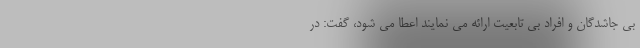
بی جاشدگان و افراد بی تابعیت ارائه می نمایند اعطا می شود، گفت: در